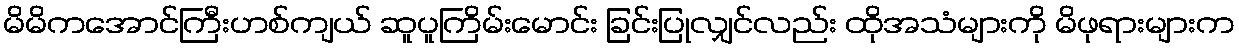
မိမိကအောင်ကြီးဟစ်ကျယ် ဆူပူကြိမ်းမောင်း ခြင်းပြုလျှင်လည်း ထိုအသံများကို မိဖုရားများက